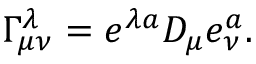
\Gamma _ { \mu \nu } ^ { \lambda } = e ^ { \lambda a } D _ { \mu } e _ { \nu } ^ { a } .